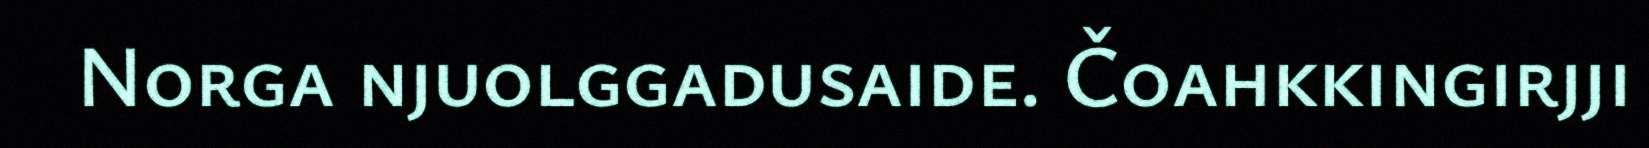
Norga njuolggadusaide. Čoahkkingirjji